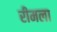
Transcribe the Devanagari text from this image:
रीमला